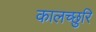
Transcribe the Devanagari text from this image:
कालच्छुरि